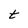
Character: t